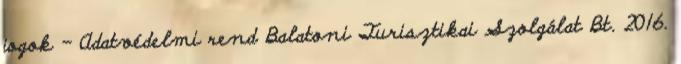
jogok - Adatvédelmi rend Balatoni Turisztikai Szolgálat Bt. 2016.